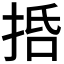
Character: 𢬸